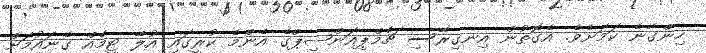
ހިންގާނެ ކަމަށެވެ. އެގޮތުން އިނގިރޭސި ޗެމްޕިއަންޝިޕްގެ އެންމެ ކުރީގައި އުލޭ ޓީމެއް ގެނައުމަށް